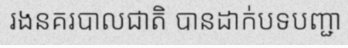
រងនគរបាលជាតិ បានដាក់បទបញ្ជា